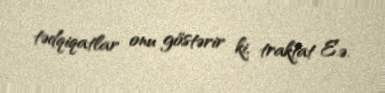
tədqiqatlar onu göstərir ki, traktat E.ə.